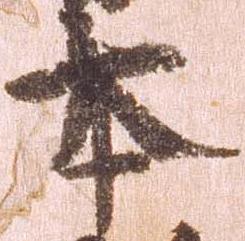
本